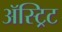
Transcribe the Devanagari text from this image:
ॲस्ट्रिट